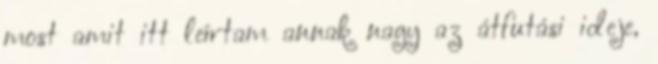
most amit itt leírtam annak nagy az átfutási ideje,